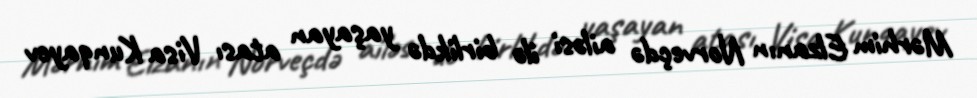
Mərhim Elzanın Norveçdə ailəsi ilə birlikdə yaşayan atası Visa Kunqayev